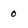
Character: 0